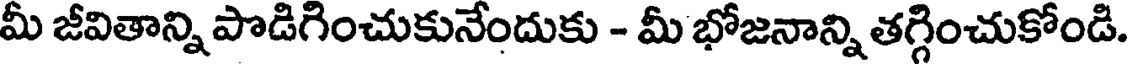
మీ జీవితాన్ని పొడిగించుకునేందుకు - మీ భోజనాన్ని తగ్గించుకోండి.